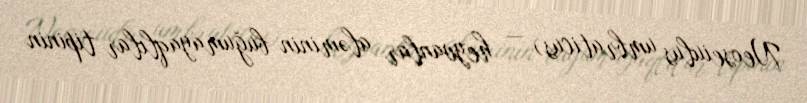
Neoseiulus umbraticus) — heyvanlar aləminin buğumayaqlılar tipinin